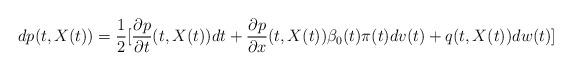
LaTeX: \begin{align*}&dp(t,X(t))=\frac{1}{2}[\frac{\partial p}{\partial t}(t,X(t))dt+\frac{\partial p}{\partial x}(t,X(t))\beta_0(t)\pi(t)dv(t)+q(t,X(t)) dw(t)]\\\end{align*}